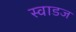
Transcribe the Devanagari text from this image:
स्वाडज